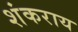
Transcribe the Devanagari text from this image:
शंकराय